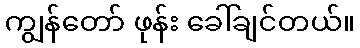
ကျွန်တော် ဖုန်း ခေါ်ချင်တယ်။